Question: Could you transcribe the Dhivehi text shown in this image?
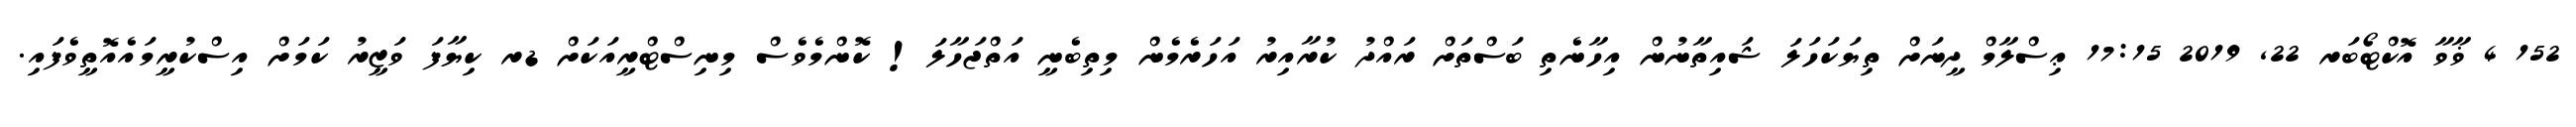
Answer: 152 4 ޥާވާ އޮކްޓޯބަރ 22, 2019 17:15 ޢިސްލާމް ދީނަށް ތިޔަކަހަލަ ޝައިތާނުން އިހާނެތި ބަސްތަށް ރައްދު ކުރާއިރު އަހަރެމެން މިތިބެނީ އަތްޖަހާލަ! ކޮންމެވެސް މިނިސްޓްރީއަކަށް ޑރ ކިޔާފަ ވަޒީރު ކަމަށް އިސްކުރީމައެއޮތީވެފައި.